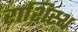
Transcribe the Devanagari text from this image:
राशिस्थ